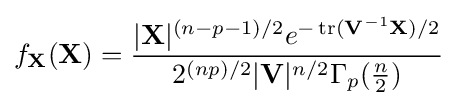
f_{\mathbf {X} }(\mathbf {X} )={\frac {|\mathbf {X} |^{(n-p-1)/2}e^{-\operatorname {tr} (\mathbf {V} ^{-1}\mathbf {X} )/2}}{2^{(np)/2}|{\mathbf {V} }|^{n/2}\Gamma _{p}({\frac {n}{2}})}}